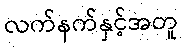
လက်နက်နှင့်အတူ